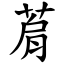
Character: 菺